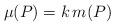
LaTeX: \begin{align*}\mu (P) = k \, m(P)\end{align*}